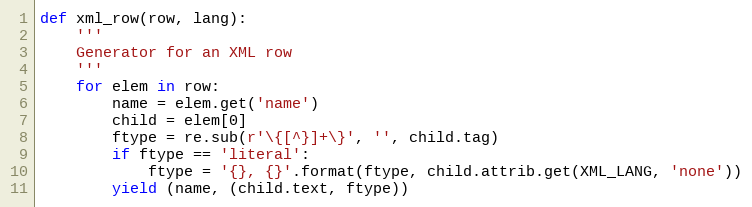
Language: Python
def xml_row(row, lang):
    '''
    Generator for an XML row
    '''
    for elem in row:
        name = elem.get('name')
        child = elem[0]
        ftype = re.sub(r'\{[^}]+\}', '', child.tag)
        if ftype == 'literal':
            ftype = '{}, {}'.format(ftype, child.attrib.get(XML_LANG, 'none'))
        yield (name, (child.text, ftype))